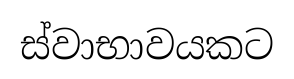
ස්වාභාවයකට